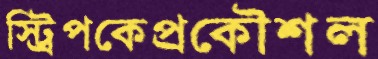
স্ট্রিপকেপ্রকৌশল